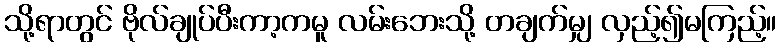
သို့ရာတွင် ဗိုလ်ချုပ်ပီးကာ့ကမူ လမ်းဘေးသို့ တချက်မျှ လှည့်၍မကြည့်။